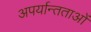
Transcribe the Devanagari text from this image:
अपर्यान्तताओं